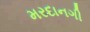
મરદાનગી